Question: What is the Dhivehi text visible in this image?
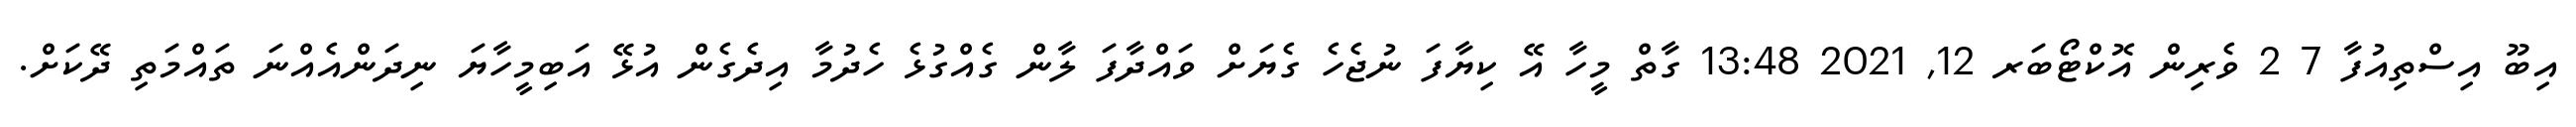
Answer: އިބޫ އިސްތިއުފާ 7 2 ވެރިން އޮކްޓޯބަރ 12, 2021 13:48 ގާތް މީހާ އޭ ކިޔާފަ ނުޖެހެ ގެޔަށް ވައްދާފަ ލާން ގެއްގުޅެ ހެދުމާ އިދެގެން އުޅޭ އަބިމީހާޔަ ނިދަންއެއްނަ ތައްމަތި ދޭކަށް.